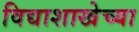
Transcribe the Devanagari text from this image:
विद्याशाखेच्या